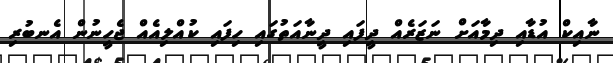
ނާއިކް އުޑާއި ދިމާއަށް ނަޒަރެއް ދީފައި ދީނާއަތުގައި ހިފައި ކުއްލިއެއް ޖެހީނުން އެނބުރި